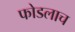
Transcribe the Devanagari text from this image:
फोडलाच